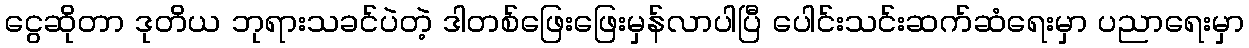
ငွေဆိုတာ ဒုတိယ ဘုရားသခင်ပဲတဲ့ ဒါတစ်ဖြေးဖြေးမှန်လာပါပြီ ပေါင်းသင်းဆက်ဆံရေးမှာ ပညာရေးမှာ